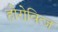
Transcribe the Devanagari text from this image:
होरोवित्ज